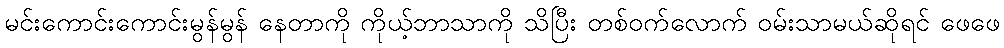
မင်းကောင်းကောင်းမွန်မွန် နေတာကို ကိုယ့်ဘာသာကို သိပြီး တစ်ဝက်လောက် ဝမ်းသာမယ်ဆိုရင် ဖေဖေ